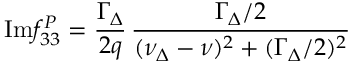
\mathrm { I m } f _ { 3 3 } ^ { P } = \frac { \Gamma _ { \Delta } } { 2 q } \, \frac { \Gamma _ { \Delta } / 2 } { ( \nu _ { \Delta } - \nu ) ^ { 2 } + ( \Gamma _ { \Delta } / 2 ) ^ { 2 } }